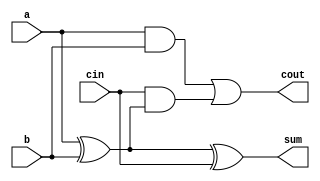
module FullAdder (
    input wire a,         // First operand bit
    input wire b,         // Second operand bit
    input wire cin,       // Carry in
    output wire sum,      // Sum output
    output wire cout      // Carry out
);

assign sum = a ^ b ^ cin;               // Sum: A  B  Cin
assign cout = (a & b) | (cin & (a ^ b)); // Carry: (A AND B) OR (Cin AND (A  B))

endmodule